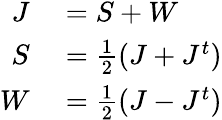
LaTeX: \begin{array}{rl}{J}&{{}=S+W}\\ {S}&{{}=\frac{1}{2}(J+J^{t})}\\ {W}&{{}=\frac{1}{2}(J-J^{t})}\end{array}